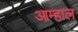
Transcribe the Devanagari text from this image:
आम्हाल